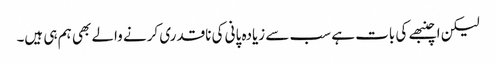
لیکن اچنبھے کی بات ہے سب سے زیادہ پانی کی ناقدری کرنے والے بھی ہم ہی ہیں۔